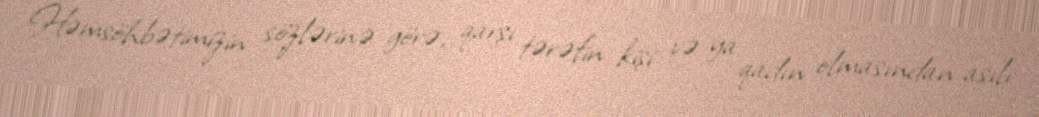
Həmsöhbətimizin sözlərinə görə, qarşı tərəfin kişi və ya qadın olmasından asılı